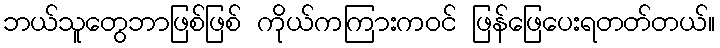
ဘယ်သူတွေဘာဖြစ်ဖြစ် ကိုယ်ကကြားကဝင် ဖြန်ဖြေပေးရတတ်တယ်။